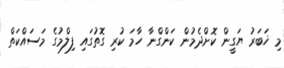
މި ޚަބަރު ޔަގީން ކޮށްދެމުން ކަންގްނާ ހާމަ ކުރި ގޮތުގައި ފިލްމުގެ މަސައްކަތް